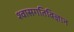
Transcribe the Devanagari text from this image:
श्वासगतिविज्ञान